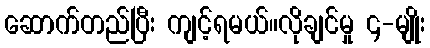
ဆောက်တည်ပြီး ကျင့်ရမယ်။လိုချင်မှု ၄-မျိုး